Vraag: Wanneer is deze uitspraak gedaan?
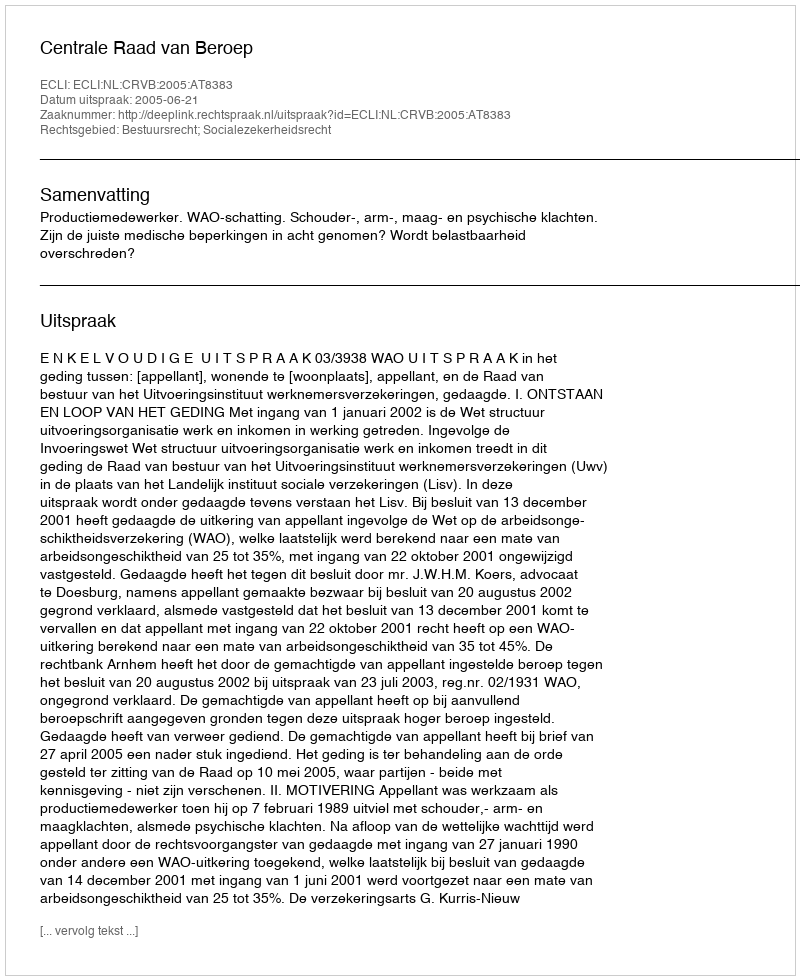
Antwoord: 2005-06-21